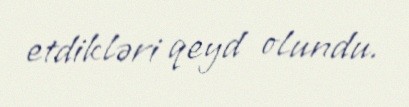
etdikləri qeyd olundu.